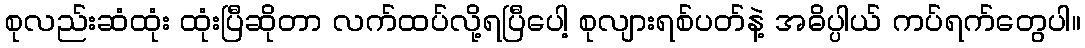
စုလည်းဆံထုံး ထုံးပြီဆိုတာ လက်ထပ်လို့ရပြီပေါ့ စုလျားရစ်ပတ်နဲ့ အဓိပ္ပါယ် ကပ်ရက်တွေပါ။